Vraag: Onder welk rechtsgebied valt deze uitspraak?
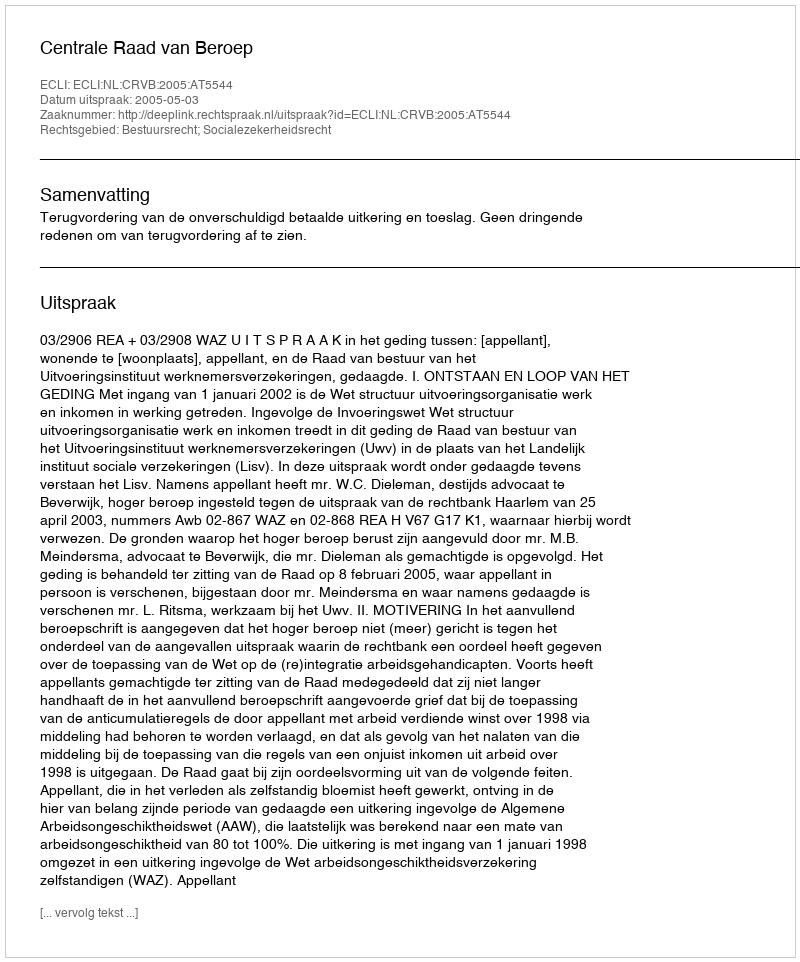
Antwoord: Bestuursrecht; Socialezekerheidsrecht